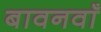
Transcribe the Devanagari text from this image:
बावनवाँ